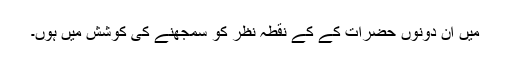
میں ان دونوں حضرات کے کے نقطہ نظر کو سمجھنے کی کوشش میں ہوں۔